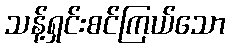
သန့်ရှင်းစင်ကြယ်သော